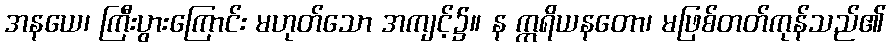
အနယေ၊ ကြီးပွားကြောင်း မဟုတ်သော အကျင့်၌။ န ဣရိယနတော၊ မဖြစ်တတ်ကုန်သည်၏